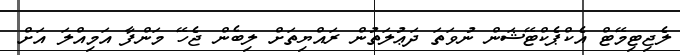
ލެޖިޓިމޭޓް އެކްޕެކްޓޭޝަން ނުވަތަ ދަޢުލަތުން ރައްޔިތަށް ލިބެން ޖެހޭ މަންފާ އަމިއްލަ އަށް